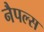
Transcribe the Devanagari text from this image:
नैपल्स